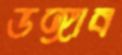
ডঙ্গাব